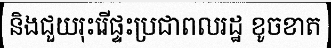
និងជួយរុះរើផ្ទះប្រជាពលរដ្ឋ ខូចខាត